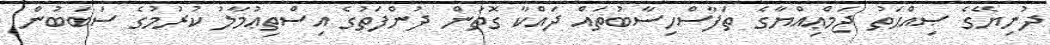
ދުނިޔޭގެ ޞިއްޙަތު ޖަމްޢިއްޔާގެ ތަފާސްހިސާބުތައް ދައްކާ ގޮތުން ދުންފަތުގެ އިސްތިޢުމާލު ކުރުމުގެ ސަބަބުން